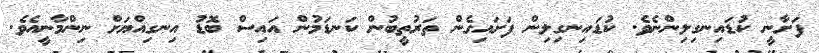
ފަށާނީ ކުޑައިނގިލިންނެވެ. ކުޑައިނގިލިން ފަށައިގެން ތަރުތީބުން ކަނޑަމުން އައިސް ބޮޑު އިނގިއްޔަށް ނިންމާނީއެވެ.